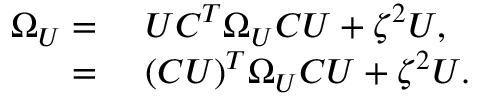
\begin{array} { r l } { \Omega _ { U } = } & { { } \ U C ^ { T } \Omega _ { U } C U + \zeta ^ { 2 } U , } \\ { = } & { { } \ ( C U ) ^ { T } \Omega _ { U } C U + \zeta ^ { 2 } U . } \end{array}